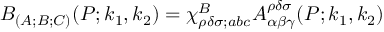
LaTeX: B _ { ( A ; B ; C ) } ( P ; k _ { 1 } , k _ { 2 } ) = \chi _ { \rho \delta \sigma ; a b c } ^ { B } A _ { \alpha \beta \gamma } ^ { \rho \delta \sigma } ( P ; k _ { 1 } , k _ { 2 } )